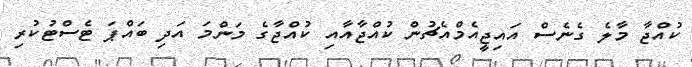
ކުއްޖާ މާލެ ގެނެސް އައިޖީއެމްއެޗުން ކުއްޖާއާއި ކުއްޖާގެ މަންމަ އަދި ބައްޕަ ޓެސްޓުކުރި